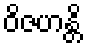
ဝိဇဟန္တိ